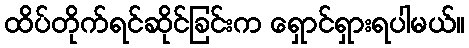
ထိပ်တိုက်ရင်ဆိုင်ခြင်းက ရှောင်ရှားရပါမယ်။